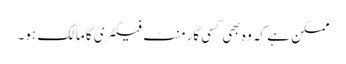
ممکن ہے کہ وہ بھی کسی گارمنٹ فیکٹری کا مالک ہو۔